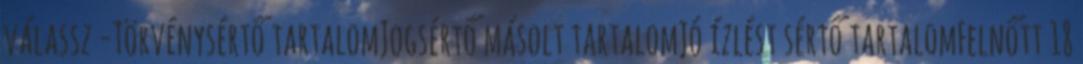
válassz -Törvénysértő tartalomJogsértő másolt tartalomJó ízlést sértő tartalomFelnőtt 18